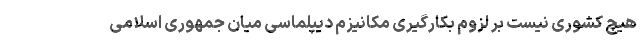
هیچ کشوری نیست بر لزوم بکارگیری مکانیزم دیپلماسی میان جمهوری اسلامی